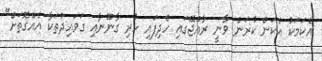
އެކަމަކު އެކަން ކުރަން ވާނީ ރާއްޖޭގައި ހެދިފައި ހުރި ގާނޫނާއި ގަވައިދުތަކާ އެއްގޮތަށް"